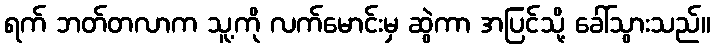
ရက် ဘတ်တလာက သူ့ကို လက်မောင်းမှ ဆွဲကာ အပြင်သို့ ခေါ်သွားသည်။